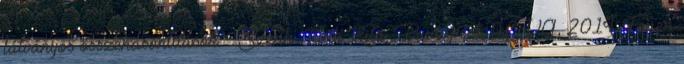
látványos összehasonlítások. Szerk. Tűrk Rita. Budapest, HVG, 2014. Feuer